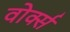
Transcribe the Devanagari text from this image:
वोर्क्स